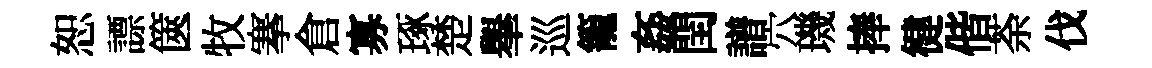
恕謤篋牧搴倉寡琢楚𦦙巡籠姦閏譜穴璣捧徤偕荼伐